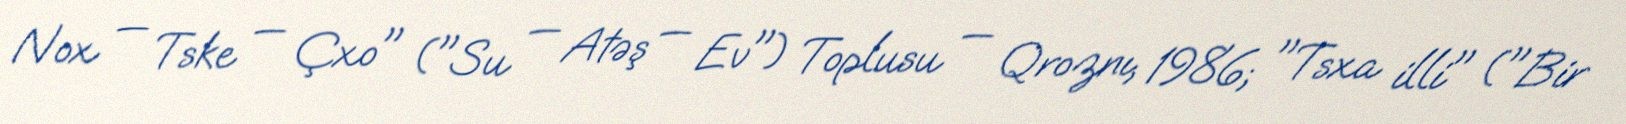
Nox — Tske — Çxo" ("Su — Atəş — Ev") Toplusu — Qroznı, 1986; "Tsxa illi" ("Bir